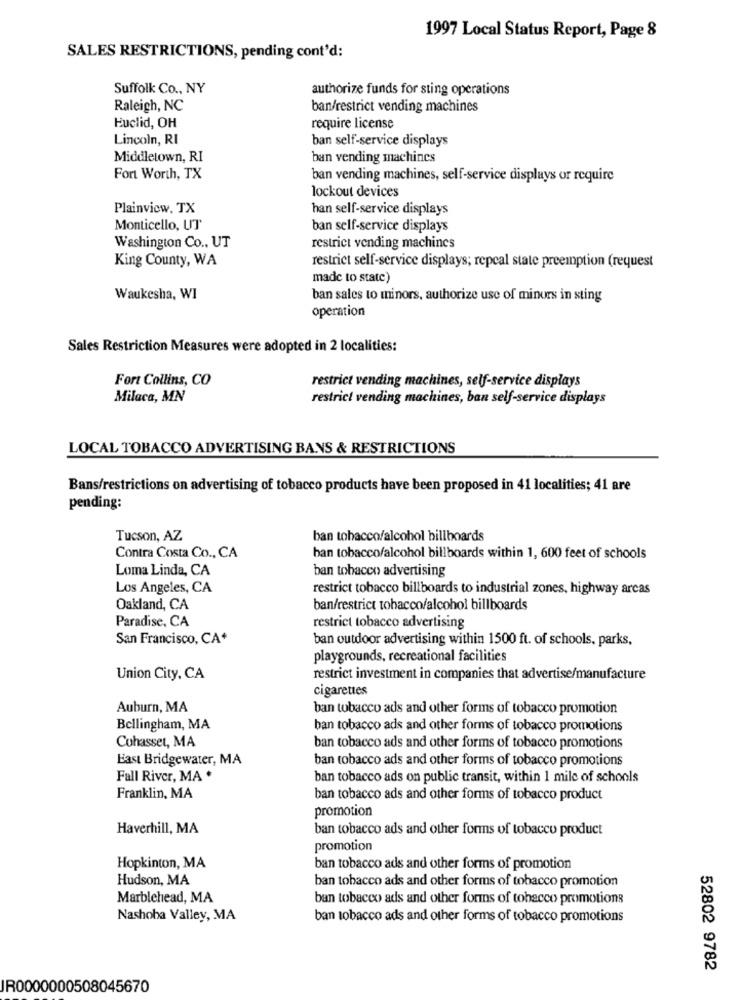
1997 Local Status Report, Page 8
SALES RESTRICTIONS, pending cont'd:
Suffolk Co ., NY
authorize funds for sting operations
Raleigh, NC
ban/restrict vending machines
Euclid, OH
require license
Lincoln, RI
ban self-service displays
Middletown, RI
ban vending machines
Fort Worth, TX
ban vending machines, self-service displays or require
lockout devices
Plainview, TX
han self-service displays
Monticello, UT
ban self-service displays
Washington Co ., UT
restrict vending machines
King County, WA
restrict self-service displays; repcal state preemption (request
made to state)
Waukesha, WI
ban sales to minors, authorize use of minors in sting
operation
Sales Restriction Measures were adopted in 2 localities:
Fort Collins, CO
restrict vending machines, self-service displays
Milaca, MN
restrict vending machines, ban self-service displays
LOCAL TOBACCO ADVERTISING BANS & RESTRICTIONS
Bans/restrictions on advertising of tobacco products have been proposed in 41 localities; 41 are
pending:
Tucson, AZ
ban tobacco/alcohol billboards
Contra Costa Co ., CA
ban tobacco/alcohol billboards within 1, 600 feet of schools
Loma Linda, CA
ban tobacco advertising
Los Angeles, CA
restrict tobacco billboards to industrial zones, highway arcas
Oakland, CA
ban/restrict tobacco/alcohol billboards
Paradise, CA
restrict tobacco advertising
San Francisco, CA+
ban outdoor advertising within 1500 ft. of schools, parks,
playgrounds, recreational facilities
Union City, CA
restrict investment in companies that advertise/manufacture
cigarettes
Auburn, MA
ban tobacco ads and other forms of tobacco promotion
Bellingham, MA
ban tobacco ads and other forms of tobacco promotions
Cohasset, MA
ban tobacco ads and other forms of tobacco promotions
Bast Bridgewater, MA
ban tobacco ads and other forms of tobacco promotions
Fall River, MA *
ban tobacco ads on public transit, within 1 mile of schools
Franklin, MA
ban tobacco ads and other forms of tobacco product
promotion
Haverhill, MA
ban tobacco ads and other forms of tobacco product
promotion
Hopkinton, MA
ban tobacco ads and other forms of promotion
Hudson, MA
ban tobacco ads and other forms of tobacco promotion
Marblehead, MA
ban tobacco ads and other forms of tobacco promotions
Nashoba Valley, MA
ban tobacco ads and other forms of tobacco promotions
52802 9782
IR0000000508045670